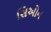
સિઓન